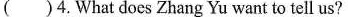
( )4.What does Zhang Yu want to tell us?